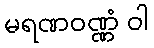
မရဏဝဏ္ဏံ ဝါ